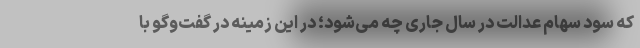
که سود سهام عدالت در سال جاری چه می‌شود؛ در این زمینه در گفت‌وگو با